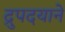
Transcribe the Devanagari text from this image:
द्रुपदयाने